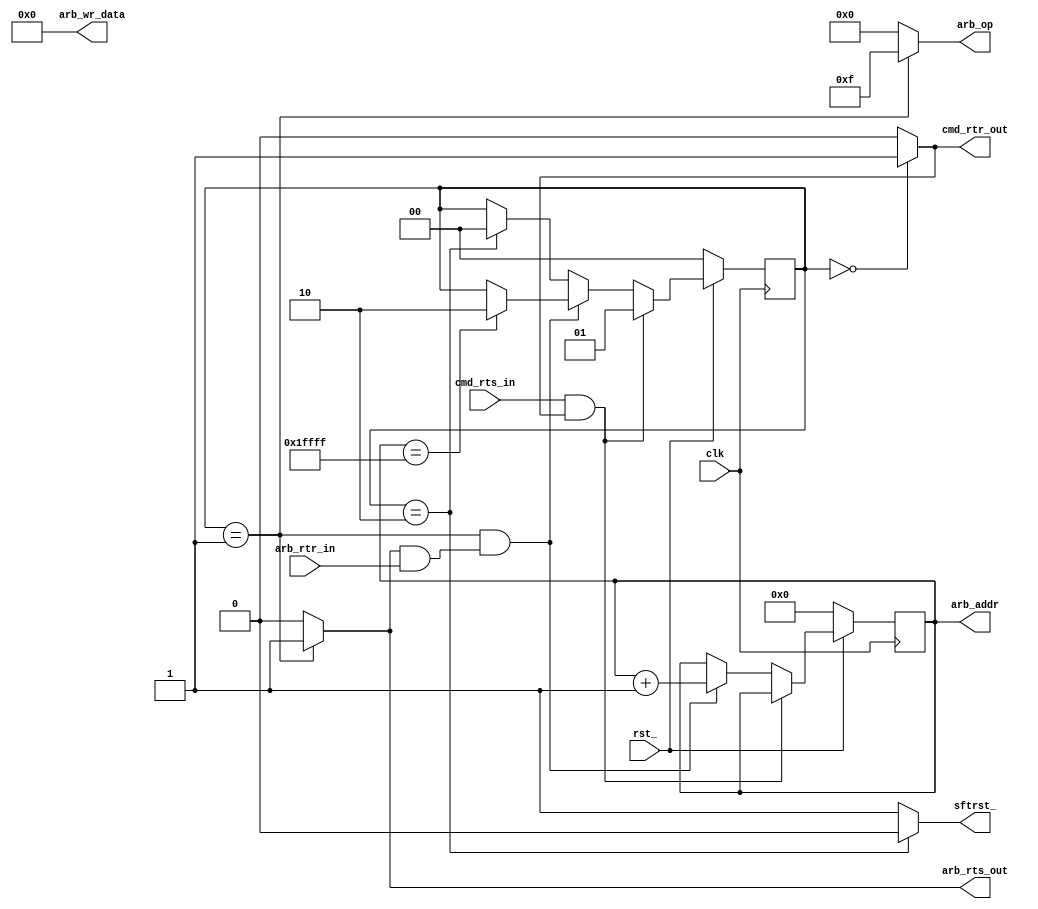
`timescale 1ns / 1ps

module softreset(
clk,
rst_, //not sure if needed
sftrst_,

cmd_rts_in,
cmd_rtr_out,

arb_addr,
arb_wr_data,
arb_rts_out,
arb_rtr_in,
arb_op
    );
    
    input clk;
    input rst_;     //not sure what this would be
    output reg sftrst_;
    
    reg [16:0] addr;
    
    input cmd_rts_in;
    output reg cmd_rtr_out;
    
    output wire [16:0] arb_addr;
    output wire [31:0] arb_wr_data;
    output reg arb_rts_out;
    input arb_rtr_in;
    output reg [3:0] arb_op;
    
    assign arb_wr_data = 32'h00000000;
    assign arb_addr = addr;
    
    wire cmd_xfc;
    assign cmd_xfc = cmd_rts_in && cmd_rtr_out;
    
    wire arb_xfc;
    assign arb_xfc = arb_rts_out && arb_rtr_in;
    
    reg [1:0] state;

    parameter idle = 2'b00;
    parameter reset = 2'b01;
    parameter done = 2'b10;
    
    always @ (state) begin
    
        case (state)
        
            idle : begin
                        sftrst_ = 1;
                        cmd_rtr_out = 1;
                        arb_rts_out = 0;
                        arb_op = 4'b0000;
                    end
            
            reset : begin
                        sftrst_ = 1;
                        cmd_rtr_out = 0;
                        arb_rts_out = 1;
                        arb_op = 4'b1111;
                    end
                    
            done : begin
                        sftrst_ = 0;                     
                        cmd_rtr_out = 0;                 
                        arb_rts_out = 0;                 
                        arb_op = 4'b0000;                
                    end
                    
            default : begin
                        sftrst_ = 1;                     
                        cmd_rtr_out = 0;                 
                        arb_rts_out = 0;                 
                        arb_op = 4'b0000;    
                      end
                      
        endcase
        
    end
    
    
    
    always @ (posedge clk) begin
        
        if(!rst_) begin
            state <= idle;
            addr <= 17'b00000000000000000;
        end
        
        else begin
            
            if(cmd_xfc) begin
                state <= reset;
            end
            
            else if(state == reset && arb_xfc) begin
                addr <= addr + 1;
                
                if(addr == 17'h1FFFF)
                    state <= done;
            end
            
            //might have no purpose
            else if(state == done) begin
                state <= idle;
            end
        end
        
    end
    
endmodule